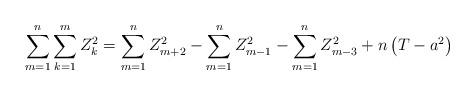
LaTeX: \begin{align*}\sum\limits_{m=1}^{n}{\sum\limits_{k=1}^{m}{Z_{k}^{2}}}=\sum\limits_{m=1}^{n}{Z_{m+2}^{2}}-\sum\limits_{m=1}^{n}{Z_{m-1}^{2}}-\sum\limits_{m=1}^{n}{Z_{m-3}^{2}}+n\left( T-{{a}^{2}} \right)\end{align*}